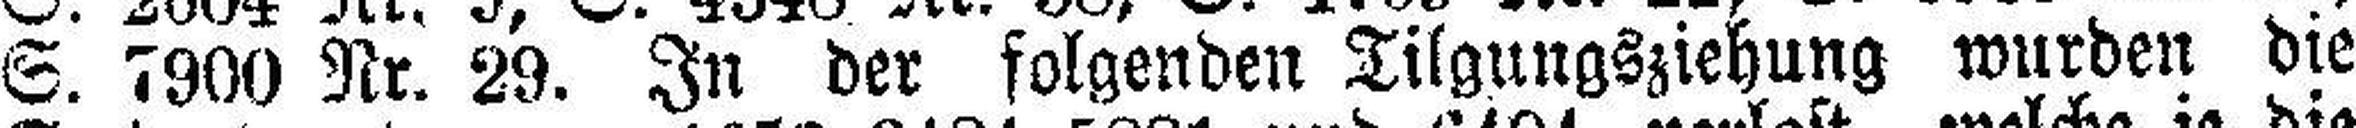
S. 7900 Nr. 29. In der folgenden Tilgungsziehung wurden die